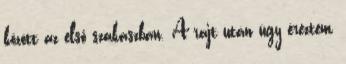
között az első szakaszban. A rajt után úgy éreztem,